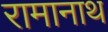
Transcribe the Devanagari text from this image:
रामानाथ